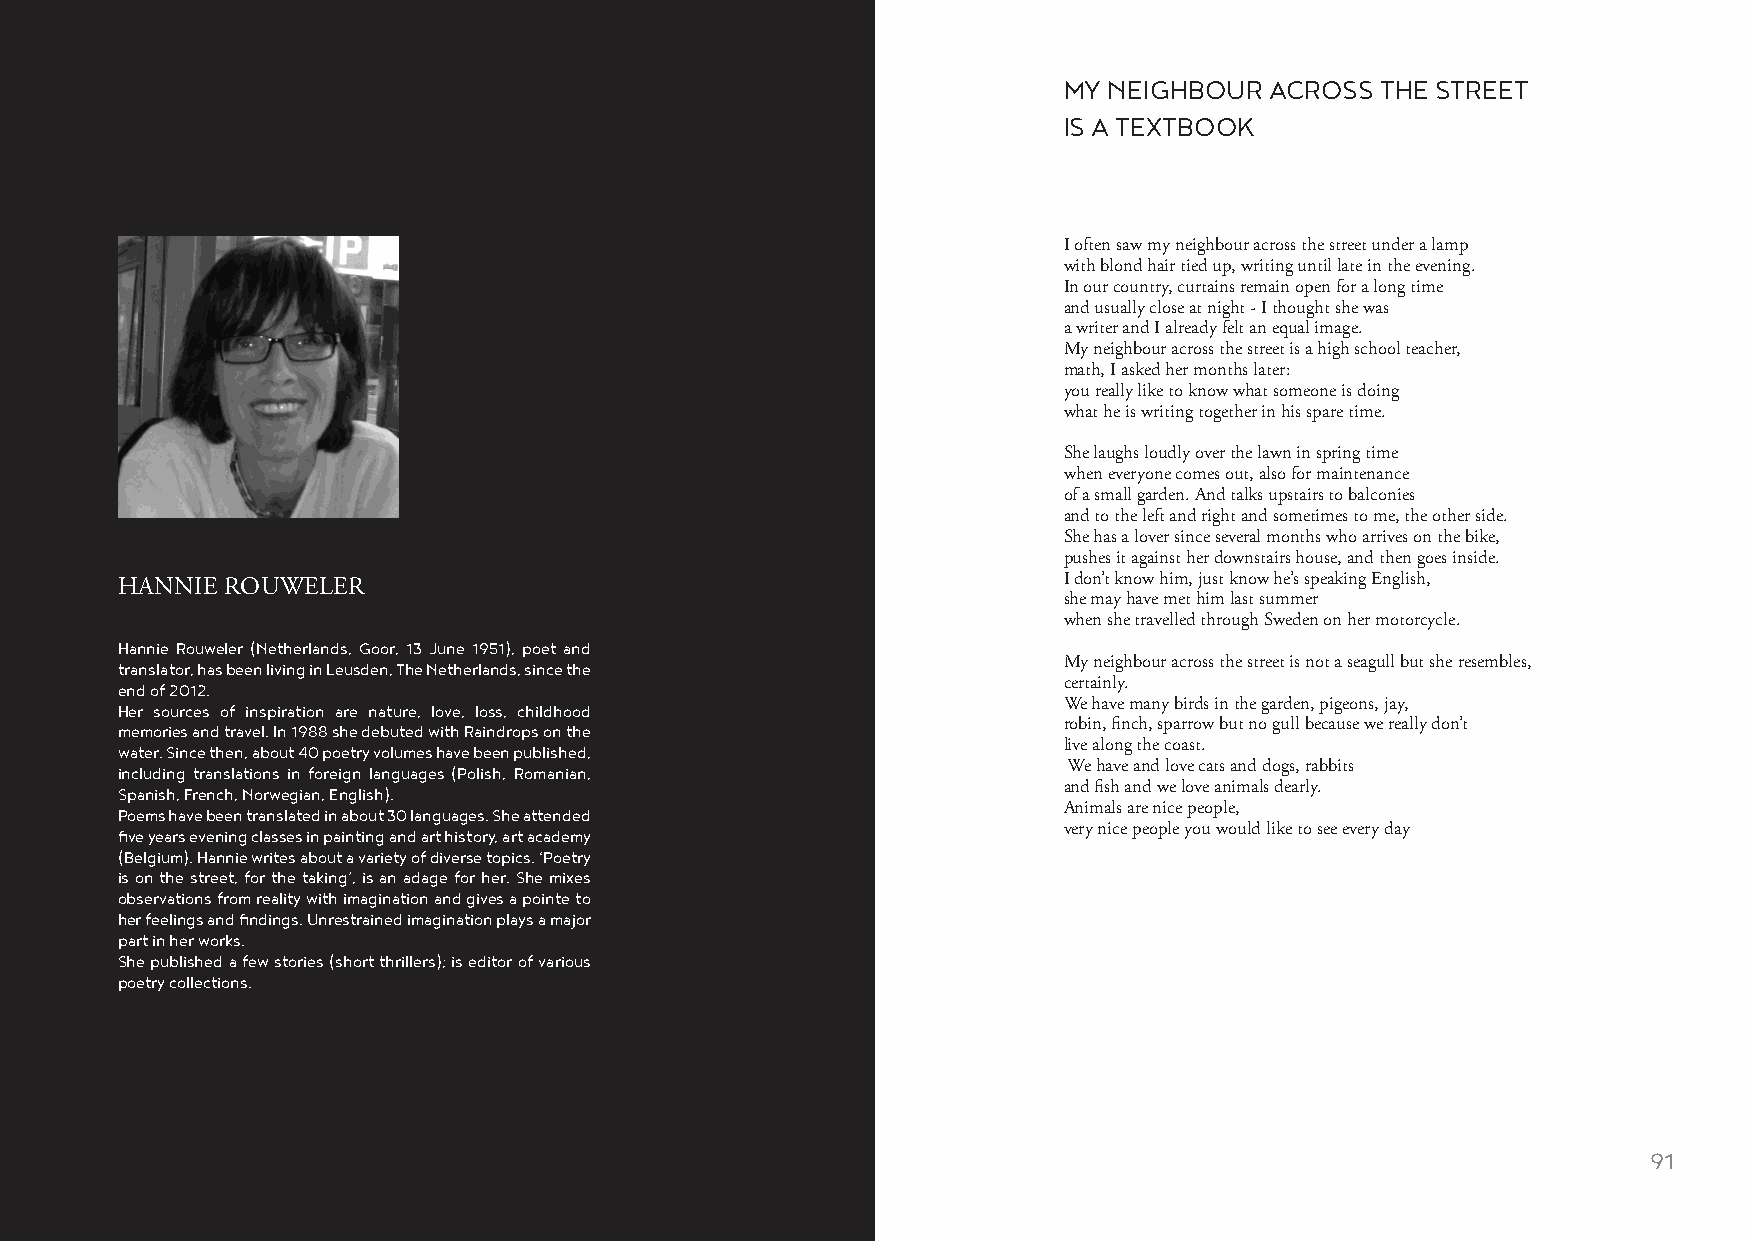
MY NEIGHBOUR  ACROSS THE STREET
 IS A TEXTBOOK
 I often saw my neighbour across the street under a lamp
 with blond hair tied up, writing until late in the evening.
 In our country, curtains remain open for a long time
 and usually close at night - I thought she was
 a writer and I already felt an equal image.
 My neighbour across the street is a high school teacher,
 math, I asked her months later:
 you really like to know what someone is doing
 what he is writing together in his spare time.
 She laughs loudly over the lawn in spring time
 when everyone comes out, also for maintenance
 of a small garden. And talks upstairs to balconies
 and to the left and right and sometimes to me, the other side.
 She has a lover since several months who arrives on the bike,
 pushes it against her downstairs house, and then goes inside.
 I don’t know him, just know he’s speaking English,
 HANNIE ROUWELER
 she may have met him last summer
 when she travelled through Sweden on her motorcycle.
 Hannie Rouweler (Netherlands, Goor, 13 June 1951), poet and
 translator, has been living in Leusden, The Netherlands, since the My neighbour across the street is not a seagull but she resembles,
 end of 2012.                                                  certainly.
 Her sources of inspiration are nature, love, loss, childhood  We have many birds in the garden, pigeons, jay,
 memories and travel. In 1988 she debuted with Raindrops on the robin, finch, sparrow but no gull because we really don’t
 water. Since then, about 40 poetry volumes have been published, live along the coast.
 including translations in foreign languages (Polish, Romanian, We have and love cats and dogs, rabbits
 Spanish, French, Norwegian, English).                         and fish and we love animals dearly.
 Poems have been translated in about 30 languages. She attended Animals are nice people,
 five years evening classes in painting and art history, art academy very nice people you would like to see every day
 (Belgium). Hannie writes about a variety of diverse topics. ‘Poetry
 is on the street, for the taking’, is an adage for her. She mixes
 observations from reality with imagination and gives a pointe to
 her feelings and findings. Unrestrained imagination plays a major
 part in her works.
 She published a few stories (short thrillers); is editor of various
 poetry collections.
 90                                                                                                      91